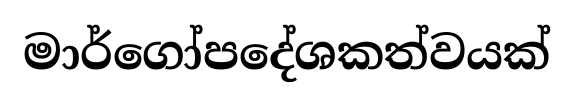
මාර්ගෝපදේශකත්වයක්